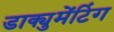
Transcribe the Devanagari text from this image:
डाक्युमेंटिंग